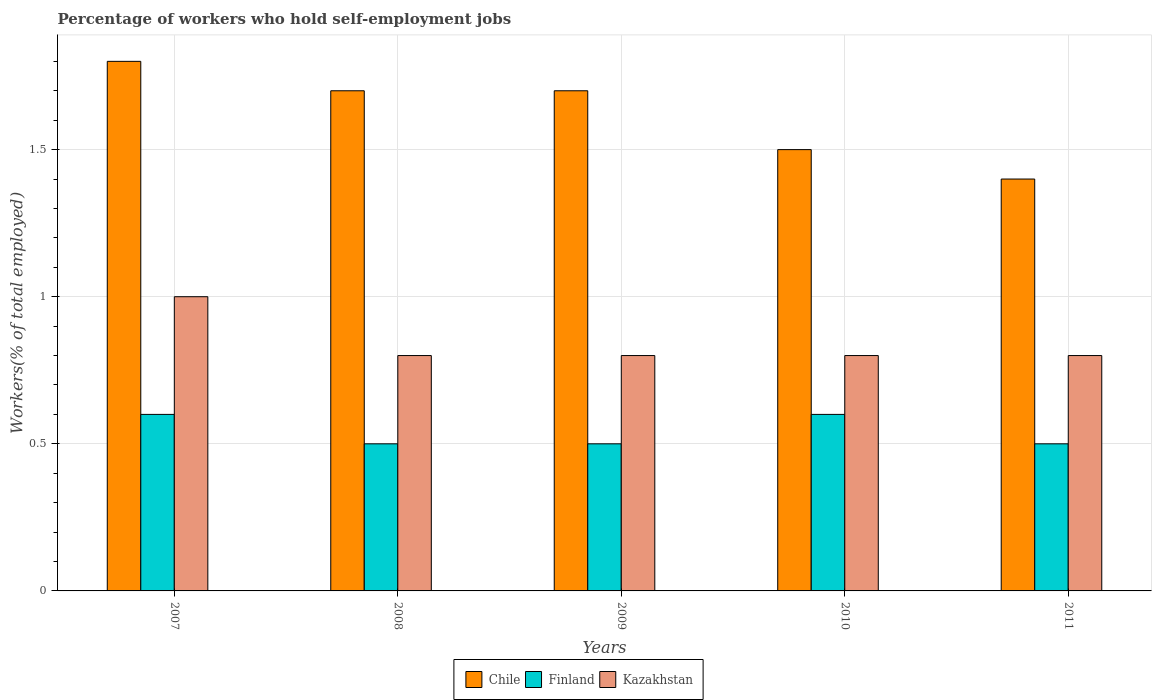
| Years | Chile | Finland | Kazakhstan |
 | --- | --- | --- | --- |
 | 2007 | 1.8 | 0.6 | 1 |
 | 2008 | 1.7 | 0.5 | 0.8 |
 | 2009 | 1.7 | 0.5 | 0.8 |
 | 2010 | 1.5 | 0.6 | 0.8 |
 | 2011 | 1.4 | 0.5 | 0.8 |